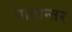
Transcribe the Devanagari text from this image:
पाठान्तर